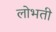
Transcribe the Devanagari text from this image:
लोभती